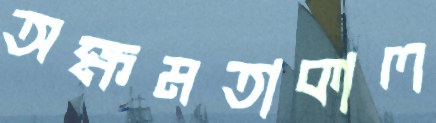
অক্ষমতাকাল